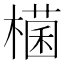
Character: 𣛃